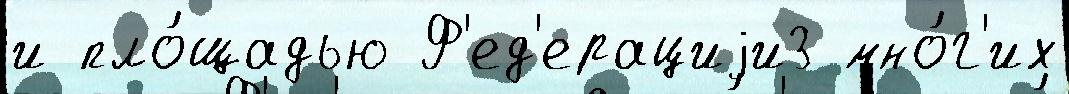
и пло́щадью Ф'ед'ерациjи3 мно́г'их